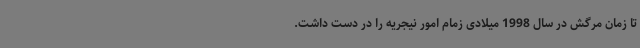
تا زمان مرگش در سال 1998 میلادی زمام امور نیجریه را در دست داشت.